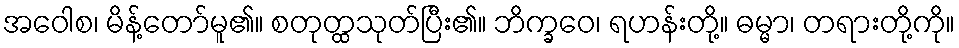
အဝေါစ၊ မိန့်တော်မူ၏။ စတုတ္ထသုတ်ပြီး၏။ ဘိက္ခဝေ၊ ရဟန်းတို့။ ဓမ္မာ၊ တရားတို့ကို။